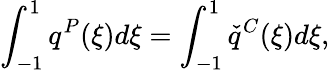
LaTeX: \int_{-1}^{1}q^{P}(\xi)d\xi=\int_{-1}^{1}\check{q}^{C}(\xi)d\xi,